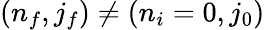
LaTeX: {(n_{f},j_{f})\neq(n_{i}=0,j_{0})}